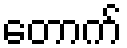
တောက်